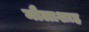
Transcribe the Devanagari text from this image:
मौलाशाह